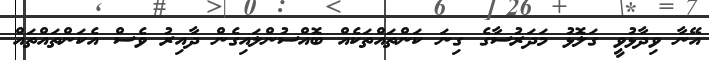
އޭނާ ވިދާޅުވީ ގަލޮޅު މަދަރުސާގެ ގިނަ ކަންތައްތަކެއް ބޮއްސުންލައިގެން ދާއިރު ވެސް އެކަންތައްތައް